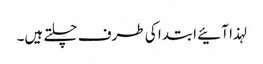
لہذا آئیے ابتدا کی طرف چلتے ہیں۔